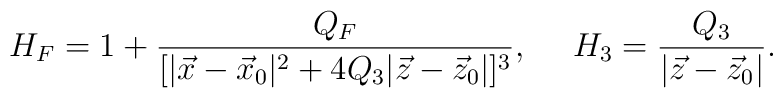
H_F=1+{{Q_F}\over{[|\vec{x}-\vec{x}_0|^2+4Q_3|\vec{z}-\vec{z}_0|]^3}}, \ \ \ \ H_3={{Q_3}\over{|\vec{z}-\vec{z}_0|}}.